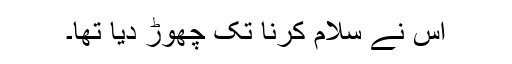
اس نے سلام کرنا تک چھوڑ دیا تھا۔